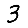
Digit: 3